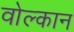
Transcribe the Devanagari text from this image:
वोल्कान